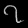
Digit: ၇